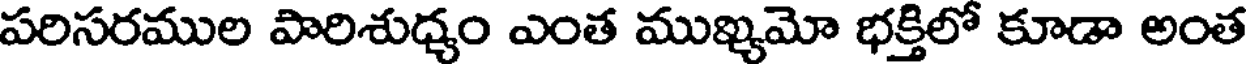
పరిసరముల పారిశుధ్యం ఎంత ముఖ్యమో భక్తిలో కూడా అంత